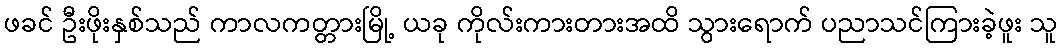
ဖခင် ဦးဖိုးနှစ်သည် ကာလကတ္တားမြို့ ယခု ကိုလ်းကားတားအထိ သွားရောက် ပညာသင်ကြားခဲ့ဖူး သူ